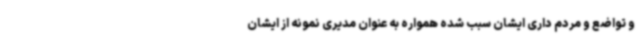
و تواضع و مردم داری ایشان سبب شده همواره به عنوان مدیری نمونه از ایشان